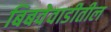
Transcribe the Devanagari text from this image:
बिबवेवाडीतील